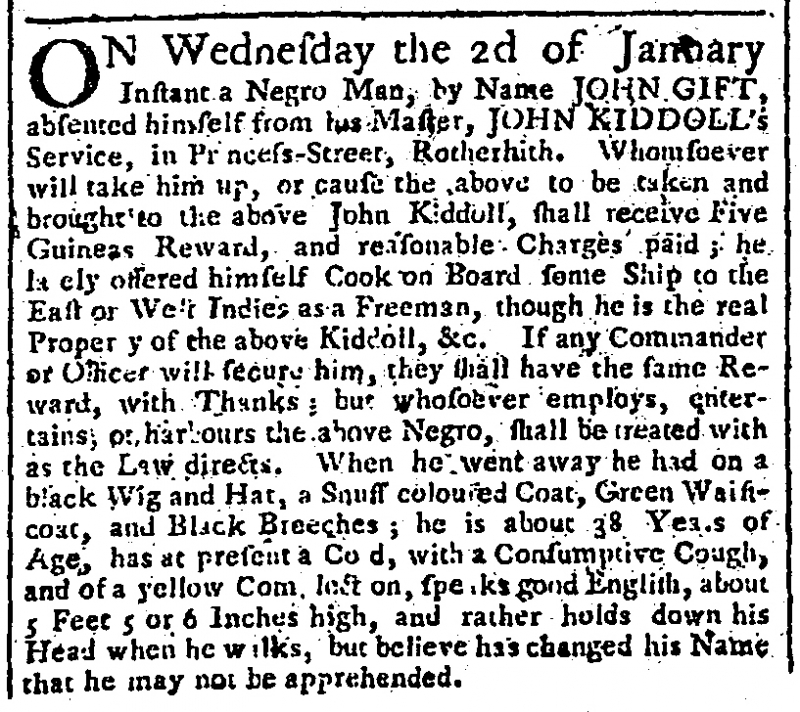
Gazetteer and New Daily Advertiser, 9 January 1765 (England)
ON Wednesday the 2d of January Instant a Negro Man, by Name JOHN GIFT, absented himself from his Master, JOHN KIDDOLL’s Service, in Princess-Street, Rotherhith. Whomsoever will take him up, or cause the above to be taken and brought to the above John Kiddoll, shall receive Five Guineas Reward, and reasonable Charges paid; he lately offered himself Cook on Board some Ship to the East or West Indies as a Freeman, though he is the real Property of the above Kiddoll, &c. If any Commander or Officer will secure him, they shall have the same Reward, with Thanks; but whosoever employs, entertains, or harbours the above Negro, shall be treated with as the Law directs. When he went away he had on a black Wig and Hat, a Snuff-coloured Coat, Green Waistcoat, and Black Breeches; he is about 38 Years of Age, has at present a Cold, with a Consumptive Cough, and of a yellow Complection, speaks good English, about 5 Feet 5 or 6 Inches high, and rather holds down his Head when he walks, but believe has changed his Name that he may not be apprehended.